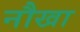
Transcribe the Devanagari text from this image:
नौखा